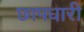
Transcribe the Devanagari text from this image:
छापधारी